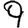
Digit: 9